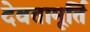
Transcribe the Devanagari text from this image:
देवतामूर्ति